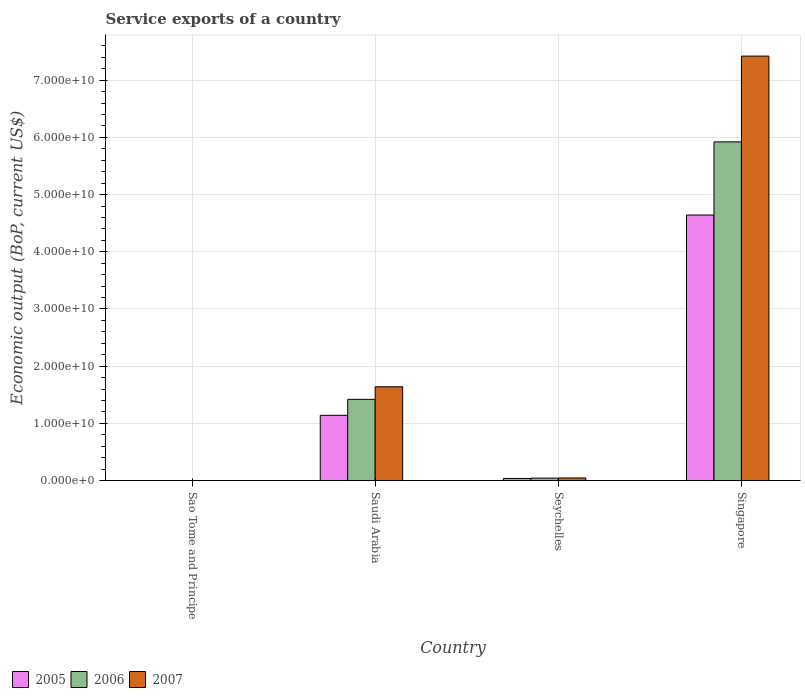
| Country | 2005 | 2006 | 2007 |
 | --- | --- | --- | --- |
 | Sao Tome and Principe | 9.15e+06 | 8.4e+06 | 6.7e+06 |
 | Saudi Arabia | 1.14e+10 | 1.42e+10 | 1.64e+10 |
 | Seychelles | 3.7e+08 | 4.31e+08 | 4.56e+08 |
 | Singapore | 4.64e+10 | 5.92e+10 | 7.42e+10 |